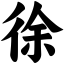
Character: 徐